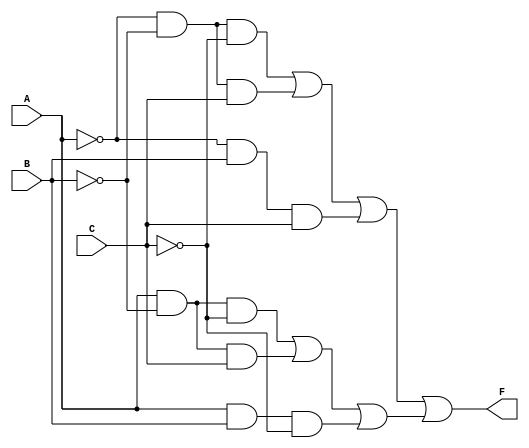
module three_variable_kmap (
    input wire A,         // Input variable A
    input wire B,         // Input variable B
    input wire C,         // Input variable C
    output wire F         // Output of the K-map simplification
);

// Internal wire declarations
wire m0, m1, m2, m3, m4, m5, m6, m7;

// Assigning values based on the conditions of inputs (you can modify these as needed)
assign m0 = ~A & ~B & ~C; // A=0, B=0, C=0
assign m1 = ~A & ~B & C;  // A=0, B=0, C=1
assign m2 = ~A & B & ~C;  // A=0, B=1, C=0
assign m3 = ~A & B & C;   // A=0, B=1, C=1
assign m4 = A & ~B & ~C;  // A=1, B=0, C=0
assign m5 = A & ~B & C;   // A=1, B=0, C=1
assign m6 = A & B & C;    // A=1, B=1, C=1
assign m7 = A & B & ~C;   // A=1, B=1, C=0

// Combine minterms based on grouping rules defined in K-map
// Example output function derived from a hypothetical grouping
assign F = (m0 | m1 | m3) | (m4 | m5 | m7); // Example grouping

endmodule